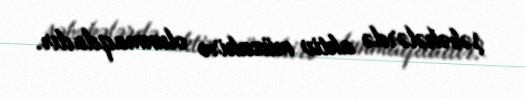
şəbəkələrdə aktiv müzakirə olunmaqdadır.